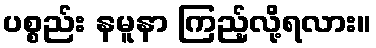
ပစ္စည်း နမူနာ ကြည့်လို့ရလား။